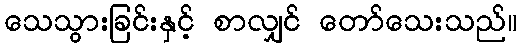
သေသွားခြင်းနှင့် စာလျှင် တော်သေးသည်။